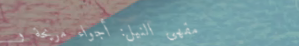
مقهى النيل: أجواء مريحة و